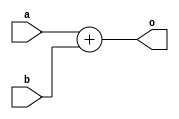
///////////////////////////////////////////////////////////////////////////////////////////////////
//
// Copyright 2021 by Heqing Huang (feipenghhq@gamil.com)
//
// ~~~ Verilog implementation of Advanced Synthesis Cookbook ~~~
//
// Module Name: basic_adder
//
//
// ================== Description ==================
//
// Basic Adder
//
// From book:
// Standard binary adders are packed into two bits per Adaptive Logic Module (ALM).
// The HDL + operator is the easiest way to specify an adder chain. This format is
// portable and generally leads to the best minimization.
//
///////////////////////////////////////////////////////////////////////////////////////////////////

/**
 Basic Adder using "+" operation
*/
module basic_adder #(
    parameter WIDTH = 32
) (
    input [WIDTH-1:0] a,
    input [WIDTH-1:0] b,
    output [WIDTH-1:0] o
);


assign o = a + b;

endmodule